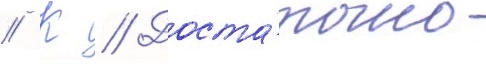
// К // Доста́точно